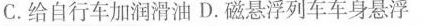
C.给自行车加润滑油 D.磁悬浮列车车身悬浮